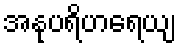
အနုပရိဟရေယျ